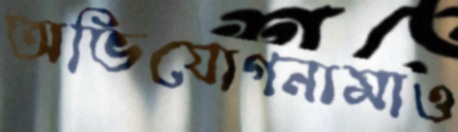
অভিযোগনামাও